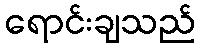
ရောင်းချသည်